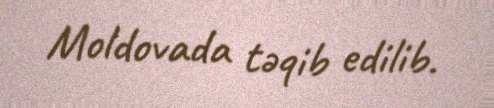
Moldovada təqib edilib.